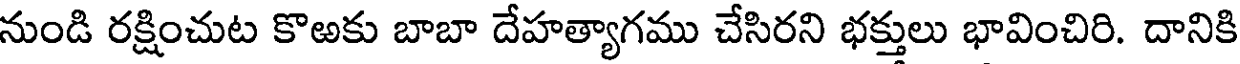
నుండి రక్షించుట కొఱకు బాబా దేహత్యాగము చేసిరని భక్తులు భావించిరి. దానికి